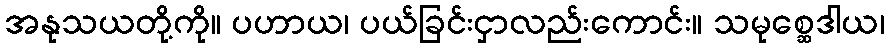
အနုသယတို့ကို။ ပဟာယ၊ ပယ်ခြင်းငှာလည်းကောင်း။ သမုစ္ဆေဒါယ၊